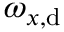
\omega _ { x , \mathrm { d } }